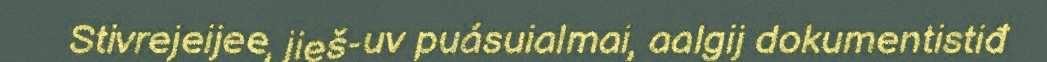
Stivrejeijee, jieš-uv puásuialmai, aalgij dokumentistiđ